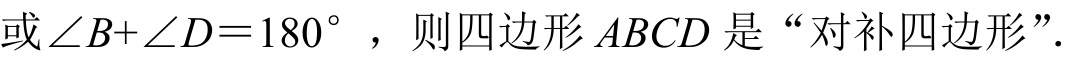
或$\angle B+\angle D = 180^{\circ}$，则四边形$ABCD$是“对补四边形”.